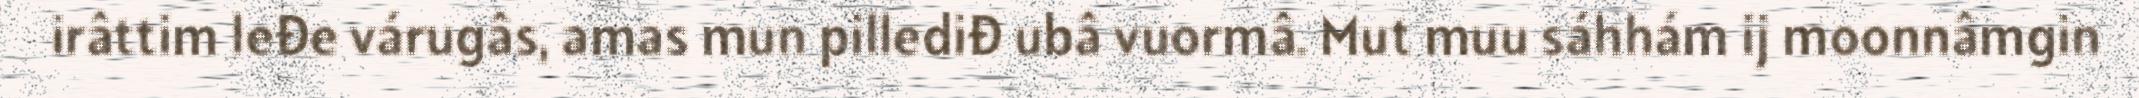
irâttim leđe várugâs, amas mun pillediđ ubâ vuormâ. Mut muu sáhhám ij moonnâmgin